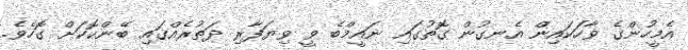
އެމީހުންގެ ވާހަކައިން އެނގުން ގޮތުގައި ނައީމްބެ ވީ ވިޔަފާރި ދަތުރެއްގައި ބޭންކޮކަށް ގޮހެވެ.